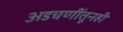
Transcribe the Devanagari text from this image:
अडचणींतूनही